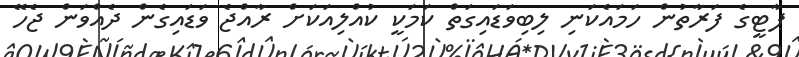
ޕާޓީގެ ފަރާތުން ހަމައެކަނި ލިބިވަޑައިގަތް ކަމަކީ ކުއްލިއަކަށް ރާއްޖެ ވަޑައިގެން ދެއްވަން ޖެހޭ